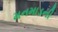
મનમાડની